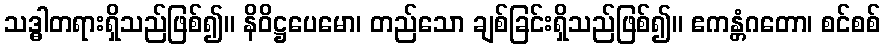
သဒ္ဓါတရားရှိသည်ဖြစ်၍။ နိဝိဋ္ဌပေမော၊ တည်သော ချစ်ခြင်းရှိသည်ဖြစ်၍။ ဧကန္တံဂတော၊ စင်စစ်